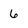
Character: 6